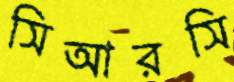
সিআরসি